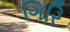
ગિરિ